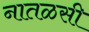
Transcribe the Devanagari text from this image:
नातळसी